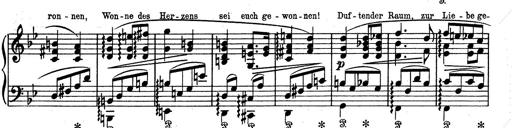
Title: Aus Lohengrin
Composer: Franz Liszt